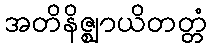
အတိနိဇ္ဈာယိတတ္တံ